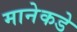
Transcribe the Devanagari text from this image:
मानेकडे